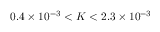
0 . 4 \times 1 0 ^ { - 3 } < K < 2 . 3 \times 1 0 ^ { - 3 }